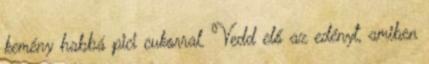
kemény habbá pici cukorral. Vedd elő az edényt, amiben